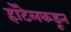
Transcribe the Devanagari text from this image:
हॉटेलकडून